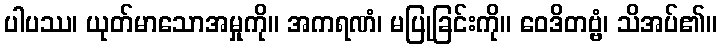
ပါပဿ၊ ယုတ်မာသောအမှုကို။ အကရဏံ၊ မပြုခြင်းကို။ ဝေဒိတဗ္ဗံ၊ သိအပ်၏။